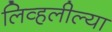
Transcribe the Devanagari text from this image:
लिव्हलील्या